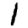
Digit: 1